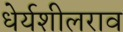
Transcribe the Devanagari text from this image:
धेर्यशीलराव